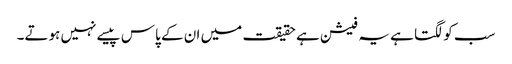
سب کو لگتا ہے یہ فیشن ہے حقیقت میں ان کے پاس پیسے نہیں ہوتے۔